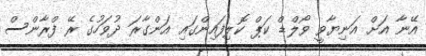
އޭނާ އަށް އަނިޔާވީ ވޯލްޑް ކަޕް ކޮލިފައިންގައި އަންގާރަ ދުވަހުގެ ރޭ ފްރާންސް